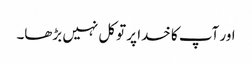
اور آپ کا خدا پر توکل نہیں بڑھا۔